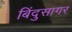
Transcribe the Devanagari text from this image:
बिंदुसागर